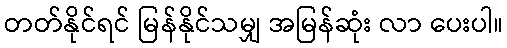
တတ်နိုင်ရင် မြန်နိုင်သမျှ အမြန်ဆုံး လာ ပေးပါ။